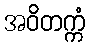
အဝိတက္ကံ